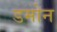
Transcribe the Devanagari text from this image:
डमोन